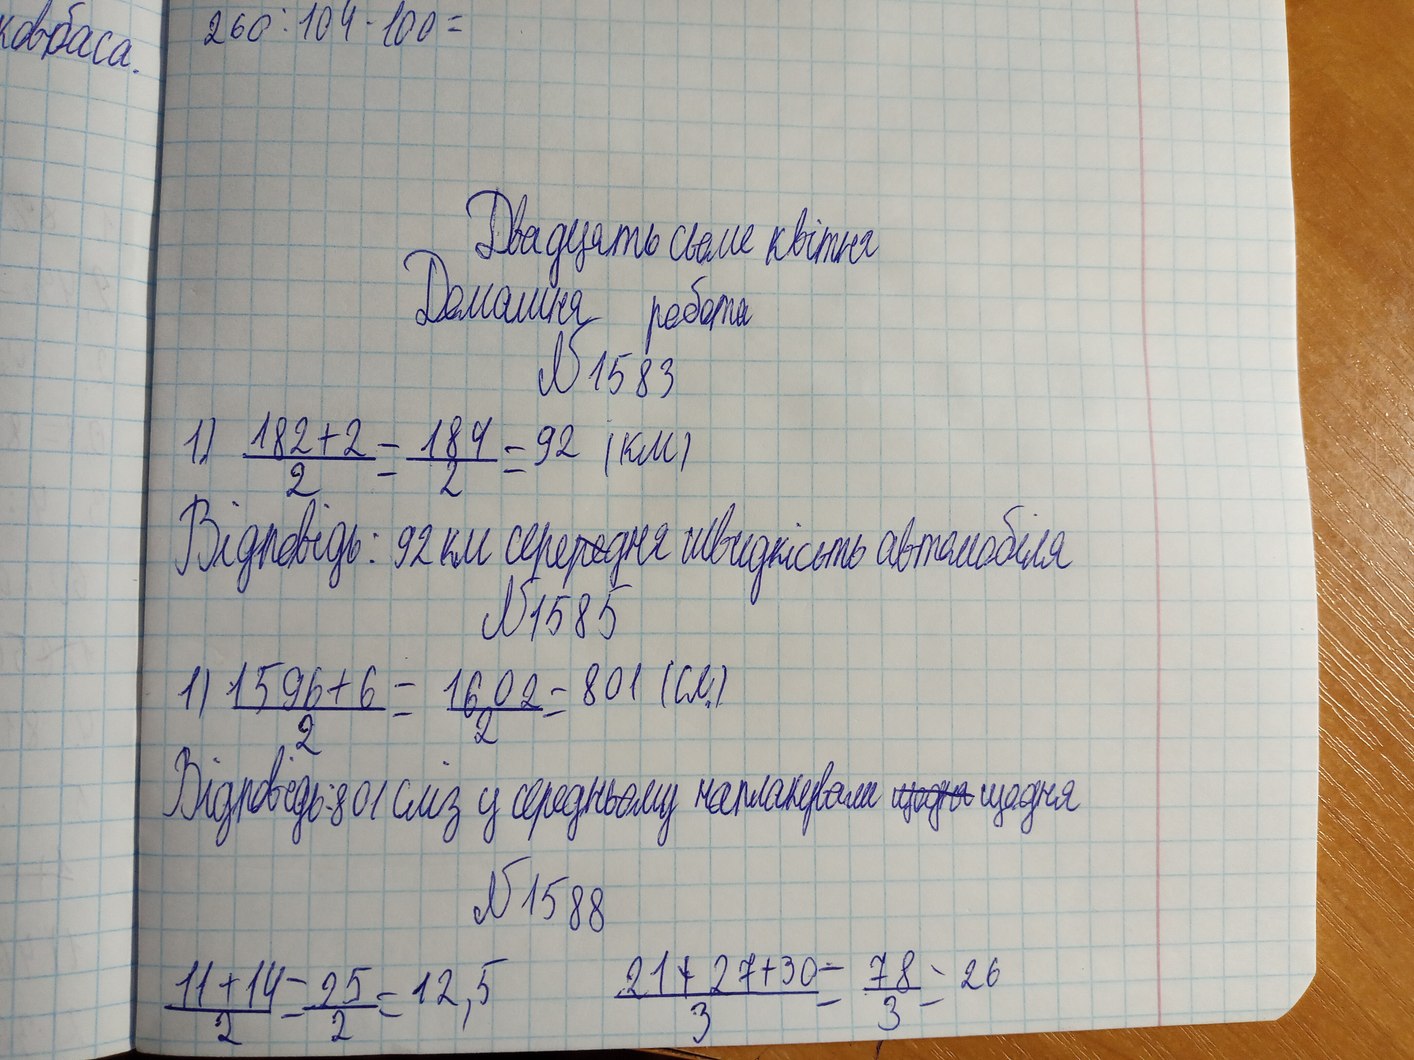
260 : 104 · 100 =
ковбаса.
Двадцять сьоме квітня
Домашня работа
№ 1583
1) \frac{182 + 2}{2} = \frac{184}{2} = 92 \text{ (км)}
Відповідь: 92 км сере~~ре~~дня швидкість автомобіля
№1585
1) \frac{1596 + 6}{2} = \frac{1602}{2} = 801 (см)
Відповідь: 801 сліз у середньому наплакували ~~щодня~~ щодня
№1588
\frac{21 + 27 + 30}{3} = \frac{78}{3} = 26
\frac{11+14}{2} = \frac{25}{2} = 12,5